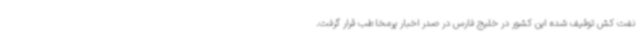
نفت کش توقیف شده این کشور در خلیج فارس در صدر اخبار پرمخاطب قرار گرفت.